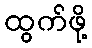
ထွက်ဖို့